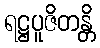
ရဋ္ဌပူဇိတန္တိ